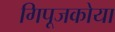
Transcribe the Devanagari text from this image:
गिपूजकोया